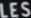
LES